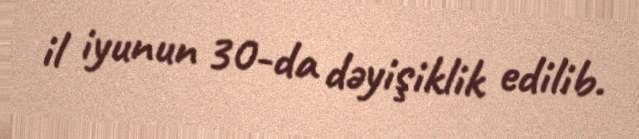
il iyunun 30-da dəyişiklik edilib.